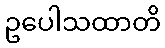
ဥပေါသထာတိ